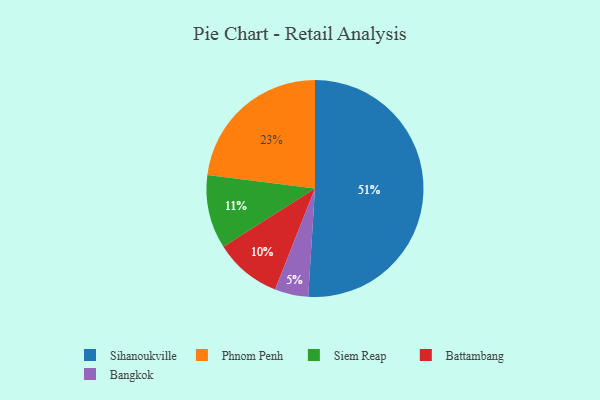
{"axis": {"x": "Category", "y": "Percentage"}, "legend": ["Bangkok", "Battambang", "Phnom Penh", "Siem Reap", "Sihanoukville"], "data": [{"x": "Battambang", "y": 10, "type": "Battambang"}, {"x": "Siem Reap", "y": 11, "type": "Siem Reap"}, {"x": "Phnom Penh", "y": 23, "type": "Phnom Penh"}, {"x": "Sihanoukville", "y": 51, "type": "Sihanoukville"}, {"x": "Bangkok", "y": 5, "type": "Bangkok"}]}